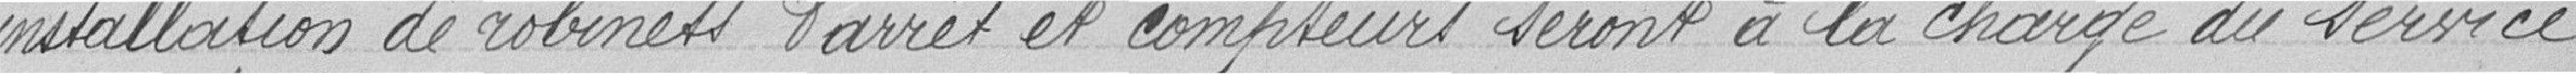
installation de robinets d'arrêts et compteurs seront à la charge du service